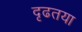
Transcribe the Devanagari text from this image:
दृढतया